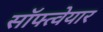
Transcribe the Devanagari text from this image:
सॉफ्त्वेयार